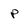
Character: P